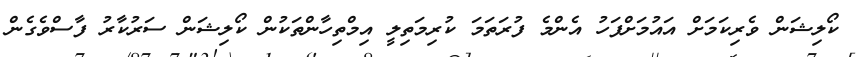
ކޯލިޝަން ވެރިކަމަށް އައުމަށްފަހު އެންމެ ފުރަތަމަ ކުރިމަތިލީ އިމްތިހާންތަކުން ކޯލިޝަން ސަރުކާރު ފާސްވެގެން